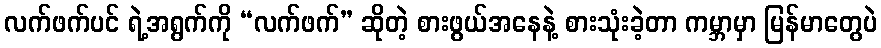
လက်ဖက်ပင် ရဲ့အရွက်ကို “လက်ဖက်” ဆိုတဲ့ စားဖွယ်အနေနဲ့ စားသုံးခဲ့တာ ကမ္ဘာမှာ မြန်မာတွေပဲ